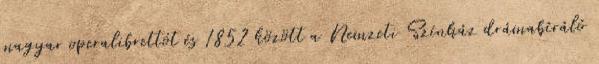
magyar operalibrettót és 1852 között a Nemzeti Színház drámabíráló